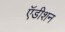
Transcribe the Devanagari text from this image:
ऍडीशन